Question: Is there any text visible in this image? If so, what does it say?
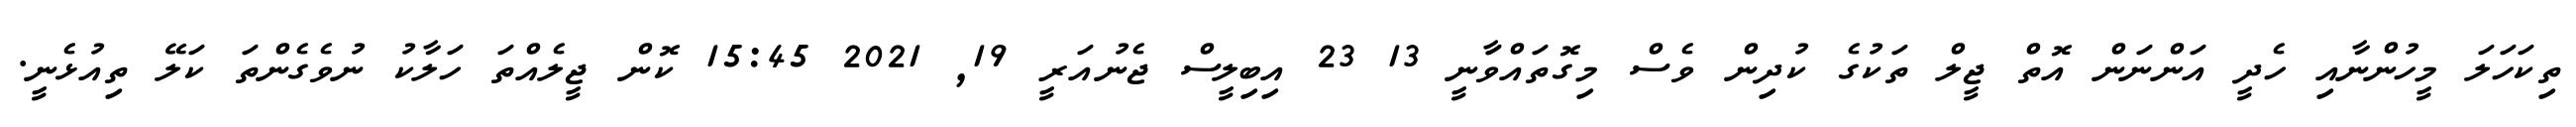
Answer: ތިކަހަލަ މީހުންނާއި ހެދީ އަންނަން އޮތް ޖީލް ތަކުގެ ކުދިން ވެސް މިގޮތައްވަާނީ 13 23 އިބިލީސް ޖެނުއަރީ 19, 2021 15:45 ކޮން ޖީލެއްތަ ހަލާކު ނުވެގެންތަ ކަލޭ ތިއުޅެނީ.